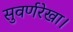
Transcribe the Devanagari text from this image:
सुवर्णरेखा।